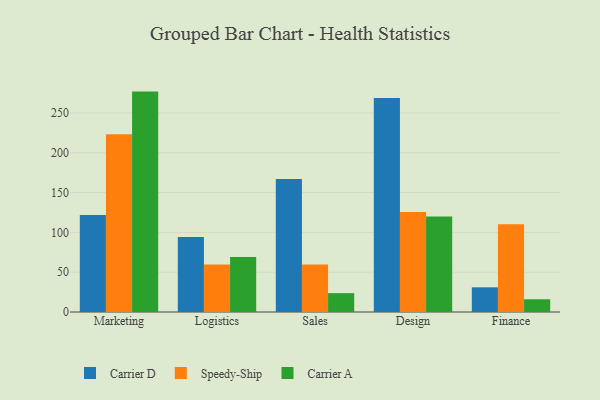
{"axis": {"x": "Department", "y": "Energy Usage (MWh)"}, "legend": ["Carrier A", "Carrier D", "Speedy-Ship"], "data": [{"x": "Marketing", "y": 121.7, "type": "Carrier D"}, {"x": "Marketing", "y": 223.1, "type": "Speedy-Ship"}, {"x": "Marketing", "y": 276.8, "type": "Carrier A"}, {"x": "Logistics", "y": 94.2, "type": "Carrier D"}, {"x": "Logistics", "y": 59.8, "type": "Speedy-Ship"}, {"x": "Logistics", "y": 69.1, "type": "Carrier A"}, {"x": "Sales", "y": 167.0, "type": "Carrier D"}, {"x": "Sales", "y": 59.7, "type": "Speedy-Ship"}, {"x": "Sales", "y": 23.7, "type": "Carrier A"}, {"x": "Design", "y": 268.9, "type": "Carrier D"}, {"x": "Design", "y": 125.6, "type": "Speedy-Ship"}, {"x": "Design", "y": 119.8, "type": "Carrier A"}, {"x": "Finance", "y": 31.0, "type": "Carrier D"}, {"x": "Finance", "y": 110.2, "type": "Speedy-Ship"}, {"x": "Finance", "y": 16.0, "type": "Carrier A"}]}